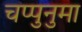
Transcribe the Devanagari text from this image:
चप्पुनुमा